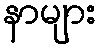
နာများ